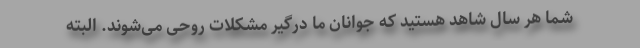
شما هر سال شاهد هستید که جوانان ما درگیر مشکلات روحی می‌شوند. البته